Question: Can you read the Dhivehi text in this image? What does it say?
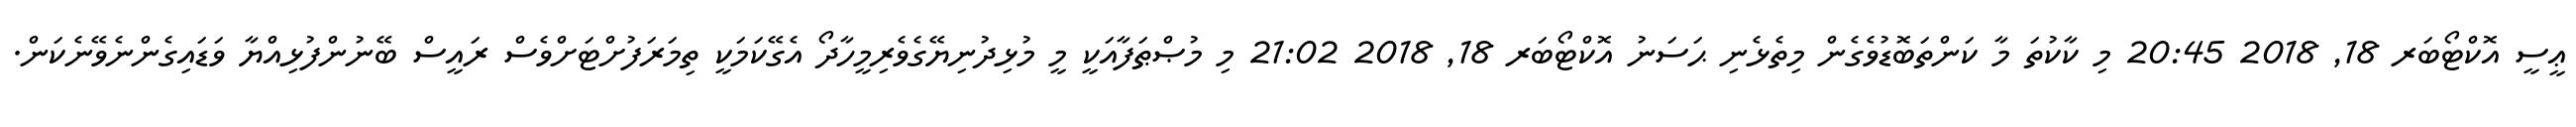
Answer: ޢީސީ އޮކްޓޯބަރ 18, 2018 20:45 މި ކާކުތަ މާ ކަންތަބޮޑުވެގެން މިތެޅެނި ޙަސަނު އޮކްޓޯބަރ 18, 2018 21:02 މި މުޞްޠަފާއަކީ މީ މުޅިދުނިޔޭގެވެރިމީހާދޯ އެގޭކަމަކީ ތިމަރަފުށްޓަށްވެސް ރައީސް ބޭނުންފުޅިއްޔާ ވަޑައިގެންނެވޭނެކަން.